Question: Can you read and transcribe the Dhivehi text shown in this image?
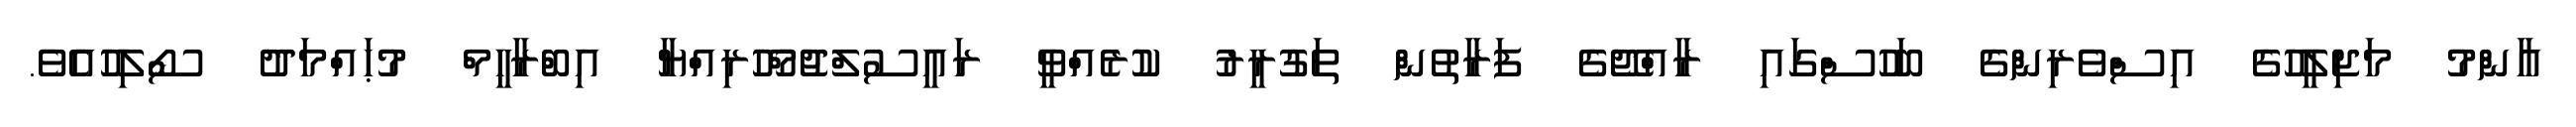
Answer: އާންމު މަޖިލީހުގެ އިސްވެރިންގެ ބަހުސްގައި ރާއްޖޭގެ ފަރާތުން ތަގުރީރު ކުރެއްވީ ރައީސުލްޖުމްހޫރިއްޔާ އިބްރާހީމް މުޙައްމަދު ސޯލިހުއެވެ.